Lunatic asylums Central Provinces reports 1886-1894 - 1886-1894
Year: 1886
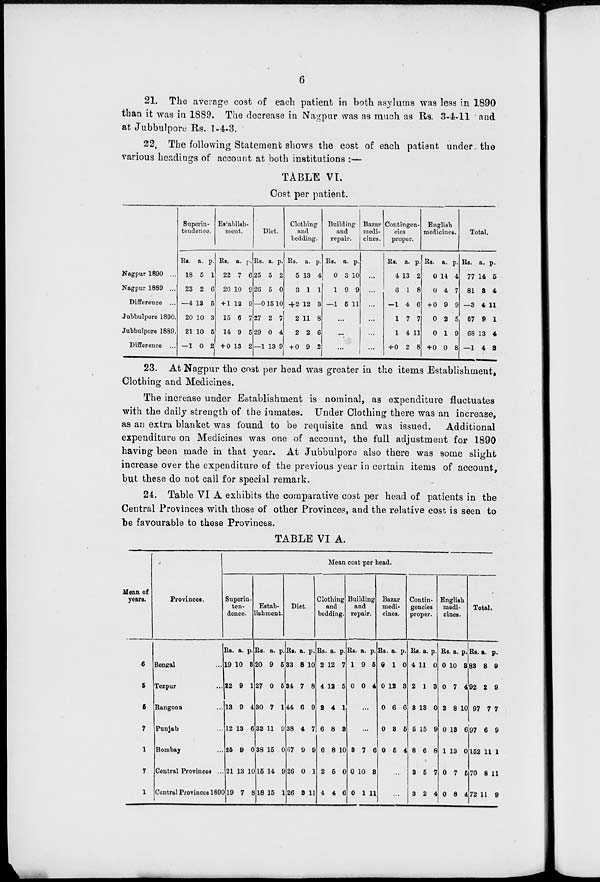
6
21. The average cost of each patient in both asylums was less in 1890
than it was in 1889. The decrease in Nagpur was as much as Rs. 3-4-11 and
at Jubbulpore Rs. 1-4-3.
22. The following Statement shows the cost of each patient under the
various headings of account at both institutions :—
TABLE VI.
Cost per patient.
Nagpur 1890 ...
Nagpur 1889 ...
Difference ...
Jubbulpore 1890.
Jubbulpore 1889.
Difference ...
Superin-
tendence.
Rs.
18
23
–4
20
21
—1
a.
5
2
13
10
10
0
p.
1
6
5
3
5
2
Establish-
ment.
Rs.
22
20
+ 1
15
14
+ 0
a.
7
10
12
6
9
13
p.
6
9
9
7
5
2
Diet.
Rs.
25
26
—0
27
29
—1
a.
5
5
15
2
0
13
p.
2
0
10
7
4
9
Clothing
and
bedding.
Rs.
5
3
+2
2
2
+ 0
a.
13
1
12
11
2
9
p.
4
1
3
8
6
2
Building
and
repair.
Rs.
0
1
—1
a
3
9
5
p.
10
9
11
...
...
...
Bazar
medi-
cines.
...
...
...
...
...
...
Contingen-
cies
proper.
Rs.
4
6
–1
1
1
+0
a.
13
1
4
7
4
2
p.
2
8
6
7
11
8
English
medicines.
Rs.
0
0
+ 0
0
0
+ 0
a.
14
4
9
2
1
0
p.
4
7
9
5
9
8
Total.
Rs.
77
81
—3
67
68
—1
a.
14
8
4
9
13
4
p.
5
4
11
1
4
3
23. At Nagpur the cost per head was greater in the items Establishment,
Clothing and Medicines.
The increase under Establishment is nominal, as expenditure fluctuates
with the daily strength of the inmates. Under Clothing there was an increase,
as an extra blanket was found to be requisite and was issued.
Additional
expenditure on Medicines was one of account, the full adjustment for 1890
having been made in that year. At Jubbulpore also there was some slight
increase over the expenditure of the previous year in certain items of account,
but these do not call for special remark.
24. Table VI A exhibits the comparative cost per head of patients in the
Central Provinces with those of other Provinces, and the relative cost is seen to
"be favourable to these Provinces.
TABLE VI A.
Mean of
years.
6
5
5
7
1
7
1
Provinces.
Bengal ...
Tezpur ...
Rangoon ...
Punjab ...
Bombay ...
Central Provinces ..
Central Provinces 1890
Mean cost per head.
Superin-
ten-
dence.
Rs.
19
22
13
12
25
21
19
a.
10
9
9
13
0
13
7
p.
3
1
4
6
0
10
8
Estab-
ishment.
Rs.
20
27
30
32
38
15
18
a.
9
0
7
11
15
14
15
p.
5
5
1
9
0
9
1
Diet.
Rs.
33
34
44
38
67
26
26
a.
8
7
6
4
9
0
3
p.
10
8
9
7
9
1
11
Clothing
and
bedding.
Rs.
2
4
2
6
6
2
4
a.
12
12
4
8
8
5
4
p.
7
5
1
3
10
0
6
Building
and
repair.
Rs.
1
0
a.
9
0
p.
6
4
...
...
3
0
0
7
10
1
6
3
11
Bazar
medi-
cines.
Rs.
0
0
0
0
0
a.
1
12
6
3
5
p.
0
3
6
5
4
...
...
Contin-
gencies
proper.
Rs.
4
2
3
5
8
3
3
a.
11
1
13
15
6
5
2
p.
0
3
0
9
8
7
4
English
medi-
cines.
Rs
0
0
2
0
1
0
0
a.
10
7
8
13
13
7
8
p.
3
4
10
6
0
5
4
Total.
Rs.
83
92
97
97
152
70
72
a.
8
2
7
6
11
8
11
p.
9
9
7
9
1
11
9